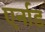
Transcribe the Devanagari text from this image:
एर्नाड